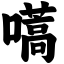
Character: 嚆